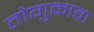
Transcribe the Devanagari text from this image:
तोगुकावा